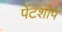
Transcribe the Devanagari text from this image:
पेंटशोप